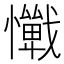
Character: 𢤚